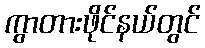
ကွာတားဖိုင်နယ်တွင်